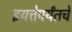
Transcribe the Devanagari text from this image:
इयत्तेपर्यंतचे